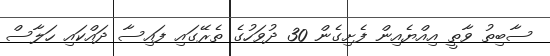
ސާބިތު ވާތީ އިއްޔެއިން ފެށިގެން 30 ދުވަހުގެ ތެރޭގައި ފައިސާ ދައްކައި ހަލާސް